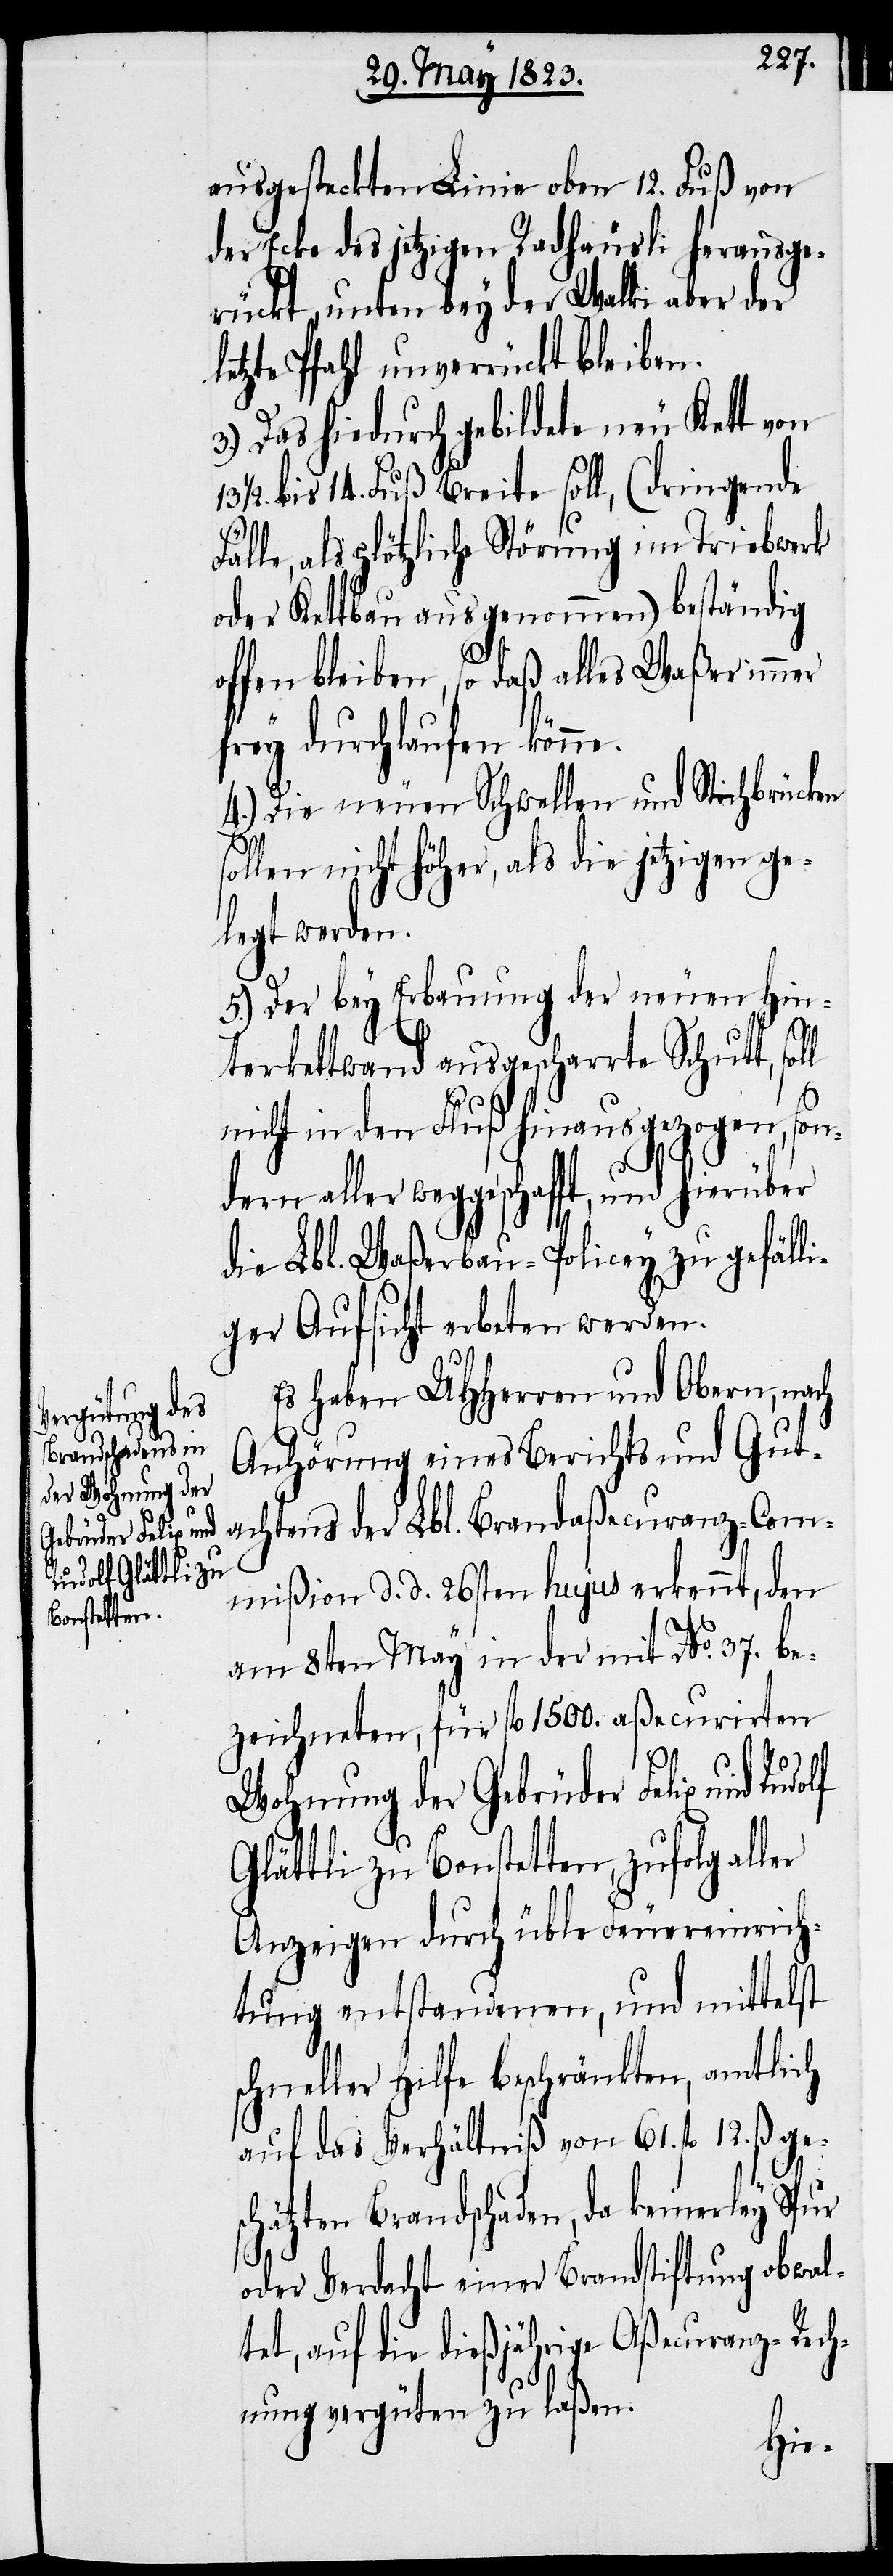
ausgesteckten Linie oben 12. Fuß von
der Ecke des jetzigen Radhäusli herausge¬
rückt, unten bey der Walki aber der
letzte Pfahl unverrückt bleiben.
Das hiedurch gebildete neu Kett von
1/2. bis 14. Fuß Breite soll, (dringende
ge¬
lle, als plötzliche Störung im Triebwerk
oder Kettbau ausgenommen) beständig
offen bleiben, so daß alles Waßer immer
frey durchlaufen kön¬
4.) Die neuen Schwellen und Stichbrücken
sollen nicht höher, als die jetzigen ge¬
legt werden.
5.) Der bey Erbauung der neuen Hin¬
terkettwand ausgescharrte Schutt, soll
nicht in den Fluß hinausgezogen, son¬
ler weggeschafft, und hierüber
die Lbl. Waßerbau-Policey zu gefälli¬
ger Aufsicht erbeten werden.
Es haben UHHerren und Obern, nach
Anhörung eines Berichts und Gut¬
achtens der Lbl. Brandaßecuranz-Com¬
mißion d. d. 26sten hujus erkennt, den
3.)
am 8ten May in der mit No. 37. be¬
zeichneten, für fl. 1500. aßecurirten
al¬
Wohnung der Gebrüder Felix und Rudolf
Glättli zu Bonstetten, zufolg al¬
Anzeigen durch üble Feuereinrich¬
tung entstandenen, und mittelst
schneller Hilfe beschränkten, amtlich
auf das Verhältniß von 61. fl. 12. ß.
schätzten Brandschaden, da keinerley Spur
ler
oder Verdacht einer Brandstiftung obwal¬
tet, auf die dießjährige Aßecuranz-Rech¬
nung vergüten zu laßen.